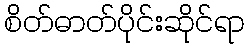
စိတ်ဓာတ်ပိုင်းဆိုင်ရာ